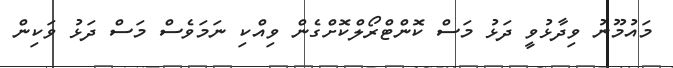
މައުމޫނު ވިދާޅުވީ ދަޅު މަސް ކޮންޓްރޯލްކޮށްގެން ވިއްކި ނަމަވެސް މަސް ދަޅު ވަކިން